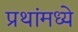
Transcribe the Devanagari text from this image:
प्रथांमध्ये